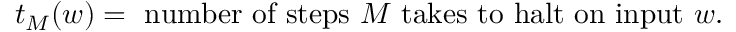
t _ { M } ( w ) = { \mathrm { ~ n u m b e r ~ o f ~ s t e p s ~ } } M { \mathrm { ~ t a k e s ~ t o ~ h a l t ~ o n ~ i n p u t ~ } } w .